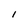
Character: l